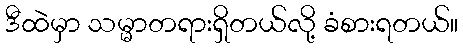
ဒီထဲမှာ သမ္မာတရားရှိတယ်လို့ ခံစားရတယ်။